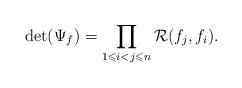
\begin{align*} \det(\Psi_f) = \prod_{1 \leqslant i < j \leqslant n} \mathcal{R}(f_j, f_i).\end{align*}